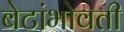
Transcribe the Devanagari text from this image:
बेटांभोवती